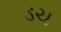
ડચ